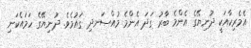
އެމެރިކާއަކީ ދުނިޔޭގެ އެންމެ ބާރު ގަދަ އެންމެ މުއްސަނދި ގައުމެވެ. ދުނިޔޭގެ ހަމައެކަނި